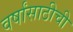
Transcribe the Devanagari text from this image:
वर्षांसाठीची